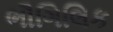
ભૌગિલિક